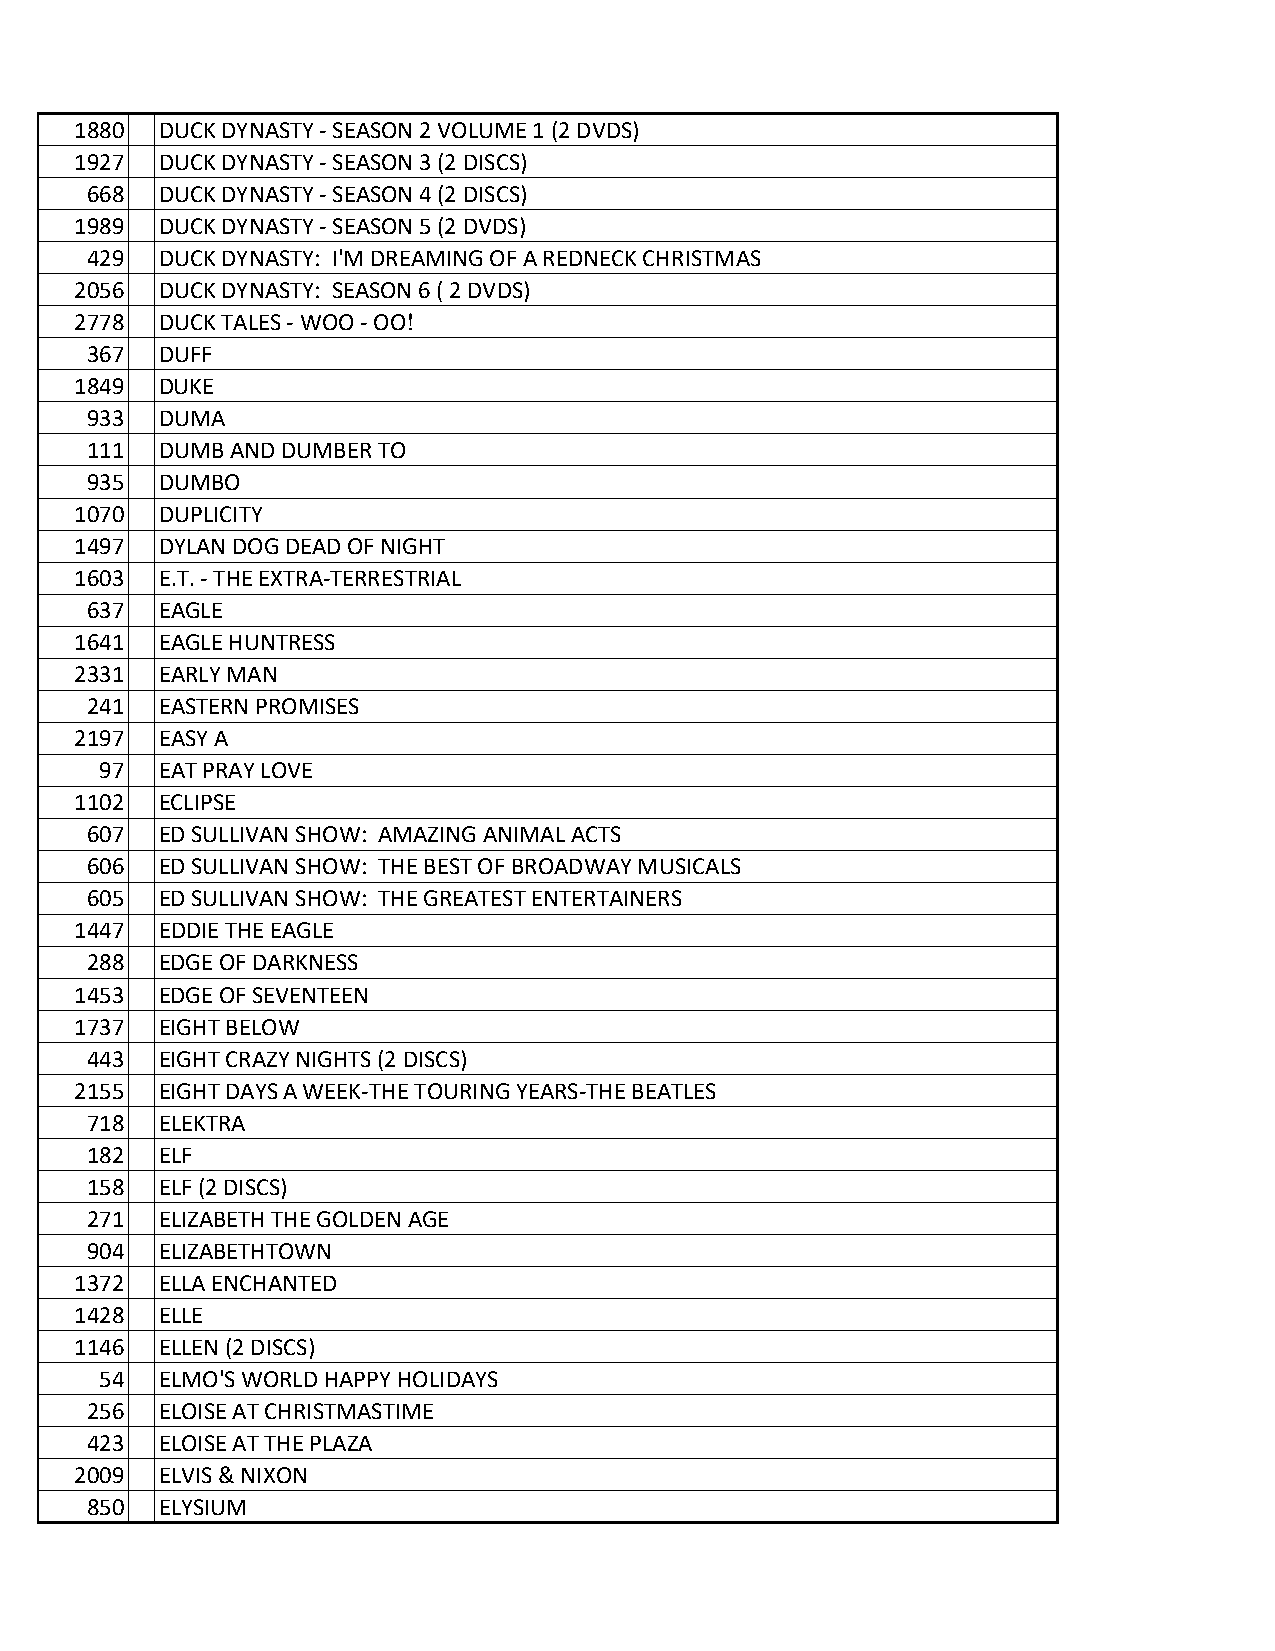
1880 DUCK DYNASTY - SEASON 2 VOLUME 1 (2 DVDS)
 1927 DUCK DYNASTY - SEASON 3 (2 DISCS)
 668 DUCK DYNASTY - SEASON 4 (2 DISCS)
 1989 DUCK DYNASTY - SEASON 5 (2 DVDS)
 429 DUCK DYNASTY: I'M DREAMING OF A REDNECK CHRISTMAS
 2056 DUCK DYNASTY: SEASON 6 ( 2 DVDS)
 2778 DUCK TALES - WOO - OO!
 367 DUFF
 1849 DUKE
 933 DUMA
 111 DUMB AND DUMBER TO
 935 DUMBO
 1070 DUPLICITY
 1497 DYLAN DOG DEAD OF NIGHT
 1603 E.T. - THE EXTRA-TERRESTRIAL
 637 EAGLE
 1641 EAGLE HUNTRESS
 2331 EARLY MAN
 241 EASTERN PROMISES
 2197 EASY A
 97 EAT PRAY LOVE
 1102 ECLIPSE
 607 ED SULLIVAN SHOW: AMAZING ANIMAL ACTS
 606 ED SULLIVAN SHOW: THE BEST OF BROADWAY MUSICALS
 605 ED SULLIVAN SHOW: THE GREATEST ENTERTAINERS
 1447 EDDIE THE EAGLE
 288 EDGE OF DARKNESS
 1453 EDGE OF SEVENTEEN
 1737 EIGHT BELOW
 443 EIGHT CRAZY NIGHTS (2 DISCS)
 2155 EIGHT DAYS A WEEK-THE TOURING YEARS-THE BEATLES
 718 ELEKTRA
 182 ELF
 158 ELF (2 DISCS)
 271 ELIZABETH THE GOLDEN AGE
 904 ELIZABETHTOWN
 1372 ELLA ENCHANTED
 1428 ELLE
 1146 ELLEN (2 DISCS)
 54 ELMO'S WORLD HAPPY HOLIDAYS
 256 ELOISE AT CHRISTMASTIME
 423 ELOISE AT THE PLAZA
 2009 ELVIS & NIXON
 850 ELYSIUM